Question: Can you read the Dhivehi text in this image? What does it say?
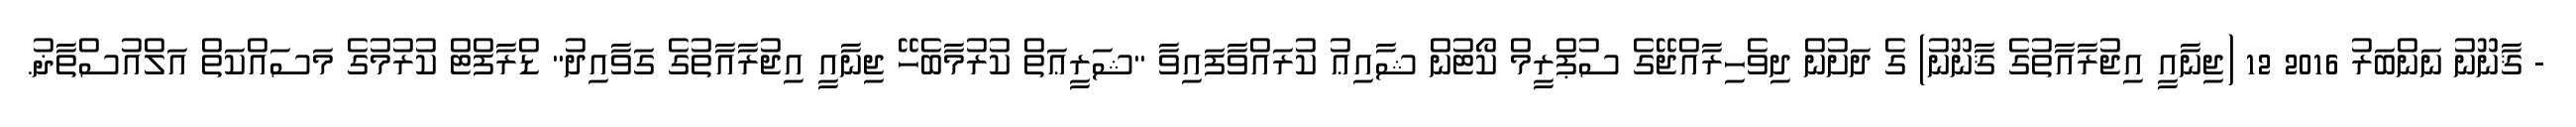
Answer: - ޤާނޫނު ނަންބަރު 2016 12 (ޖިނާއީ އިޖުރާއާތުގެ ޤާނޫނު) ގެ ދަށުން ދިވެހިރާއްޖޭގެ ސުޕްރީމް ކޯޓުން ޝާއިޢު ކުރައްވާފައިވާ "ޝަރީޢަތް ކުރުމާބެހޭ ޖިނާއީ އިޖުރާއާތުގެ ގަވާއިދު" ޑްރާފްޓް ކުރުމުގެ މަސައްކަތް އަލްއުސްތާޛު.